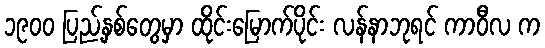
၁၉၀၀ ပြည့်နှစ်တွေမှာ ထိုင်းမြောက်ပိုင်း လန်နာဘုရင် ကာဝီလ က